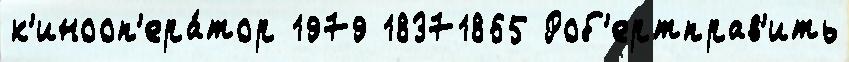
к'инооп'ера́тор 1979 18371865 Роб'ертправ'ить